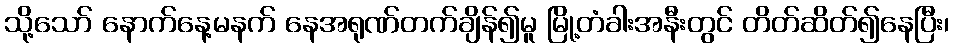
သို့သော် နောက်နေ့မနက် နေအရုဏ်တက်ချိန်၍မူ မြို့တံခါးအနီးတွင် တိတ်ဆိတ်၍နေပြီး၊